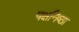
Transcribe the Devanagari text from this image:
पक्षनिष्ठा